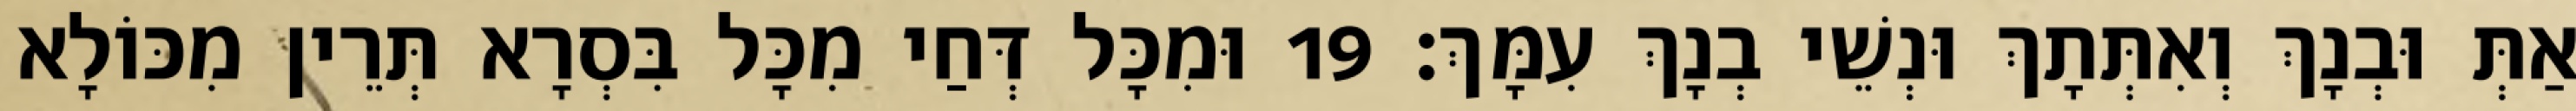
אַתְּ וּבְנָךְ וְאִתְּתָךְ וּנְשֵׁי בְנָךְ עִמָּךְ׃ 19 וּמִכָּל דְּחַי מִכָּל בִּסְרָא תְּרֵין מִכּוֹלָא